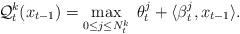
LaTeX: \begin{align*}\mathcal{Q}_t^k(x_{t-1}) = \displaystyle \max_{0 \leq j \leq N_{t}^k} \;\theta_t^j + \langle \beta_t^j , x_{t-1} \rangle.\end{align*}